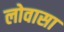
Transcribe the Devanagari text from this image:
लोवासा